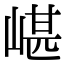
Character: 嵁